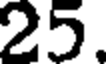
25.